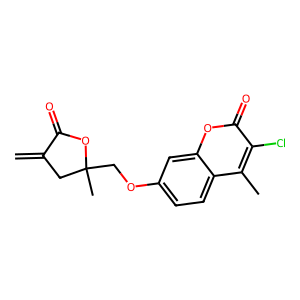
SMILES: C=C1CC(C)(COc2ccc3c(C)c(Cl)c(=O)oc3c2)OC1=O
Inhibits HIV replication: No